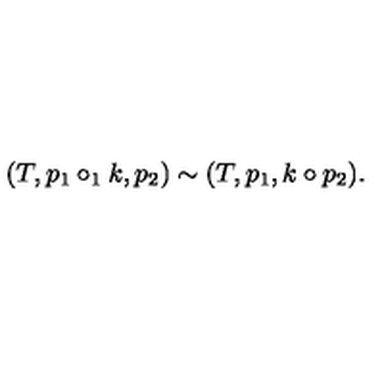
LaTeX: ( T , p _ { 1 } \circ _ { 1 } k , p _ { 2 } ) \sim ( T , p _ { 1 } , k \circ p _ { 2 } ) .